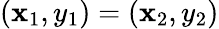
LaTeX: (\mathbf{x}_{1},y_{1})=(\mathbf{x}_{2},y_{2})